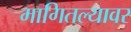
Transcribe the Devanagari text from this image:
मागितल्यावर